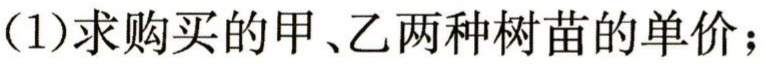
(1)求购买的甲、乙两种树苗的单价；